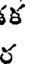
క